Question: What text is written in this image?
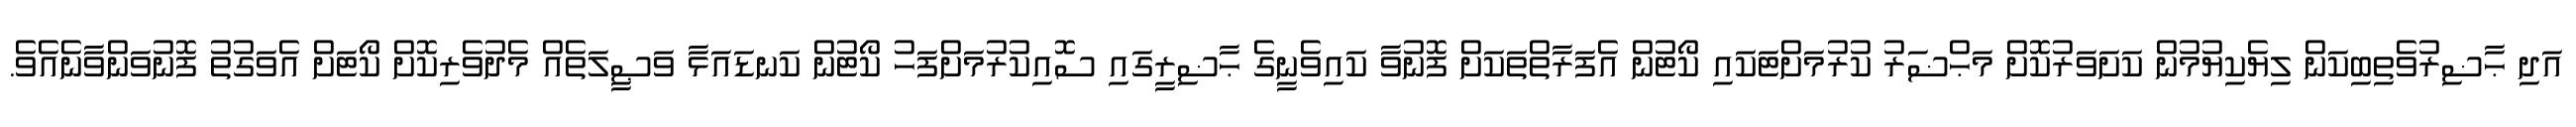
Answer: އަދި ޙާޟިރުވެތިބިކަން ލިޔެކިޔުމުން ކަށަވަރުކޮށް މަޙްޟަރު ކުރުމަށްޓަކައި ކޯޓުން އެފަރާތްތަކަށް ފޮނުވާ ކައިވެނީގެ ޙާޟިރީގައި ސޮއިކުރުމަށްފަހު ކޯޓުން ކަނޑައަޅާ ވަޞީލަތެއް މެދުވެރިކޮށް ކޯޓަށް އެވަގުތު ފޮނުވަންވާނެއެވެ.